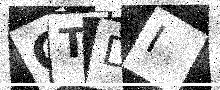
Text: GTDI